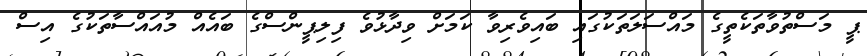
ޕީ މަސްތުވާތަކެތީގެ މައްސަލަތަކުގައި ބައިވެރިވާ ކަމަށް ވިދާޅުވެ ފިލިޕީންސްގެ ބައެއް މުއައްސާތަކުގެ އިސް